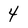
Character: 4